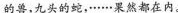
的兽，九头的蛇，……果然都在内。